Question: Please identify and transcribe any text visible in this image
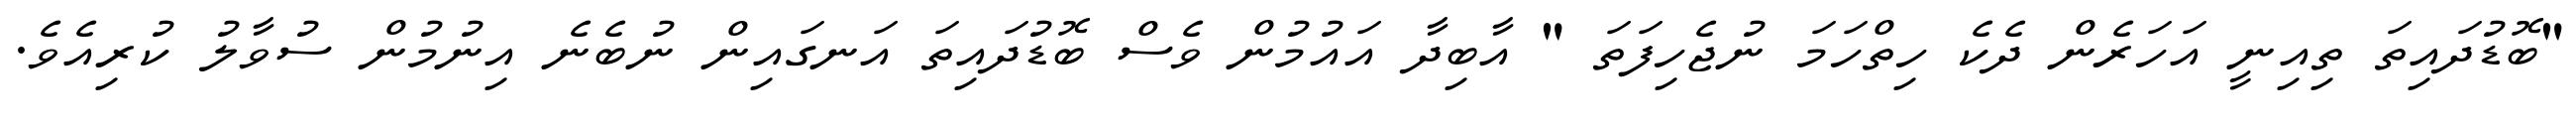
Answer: "ބޮޑުދައިތަ ތިއިނީ އަހަރެން ދެކެ ހިތްހަމަ ނުޖެހިފަތަ " އާބިދާ އައުމުން ވެސް ބޮޑުދައިތަ އަނގައިން ނުބެނެ އިނުމުން ސުވާލު ކުރިއެވެ.